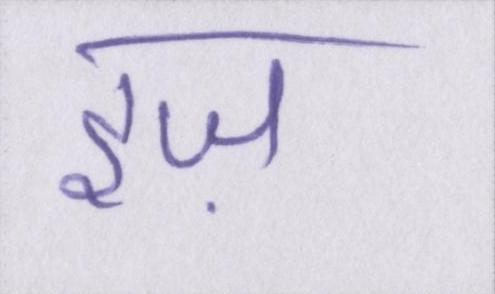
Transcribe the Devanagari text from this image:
इज़